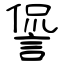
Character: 諐